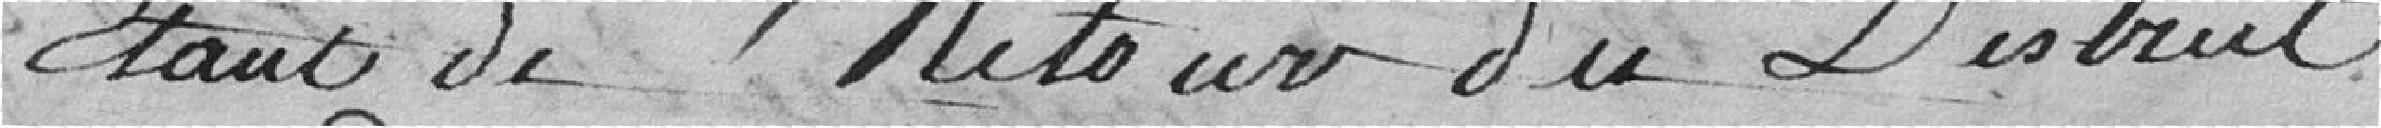
étant de retour du District